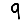
Digit: 9